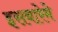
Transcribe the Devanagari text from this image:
इसबारेमे